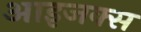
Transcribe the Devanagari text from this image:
आइजक्स